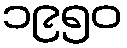
၁၉၅၀